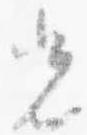
光